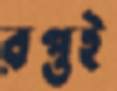
রপ্তই